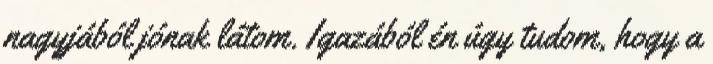
nagyjából jónak látom. Igazából én úgy tudom, hogy a